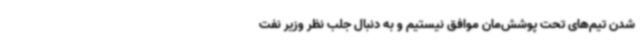
شدن تیم‌های تحت پوشش‌مان موافق نیستیم و به دنبال جلب نظر وزیر نفت